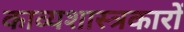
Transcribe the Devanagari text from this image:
काव्यशास्त्रकारों